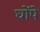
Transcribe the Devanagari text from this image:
घोंपे